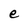
Character: e